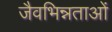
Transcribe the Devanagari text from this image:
जैवभिन्नताओं